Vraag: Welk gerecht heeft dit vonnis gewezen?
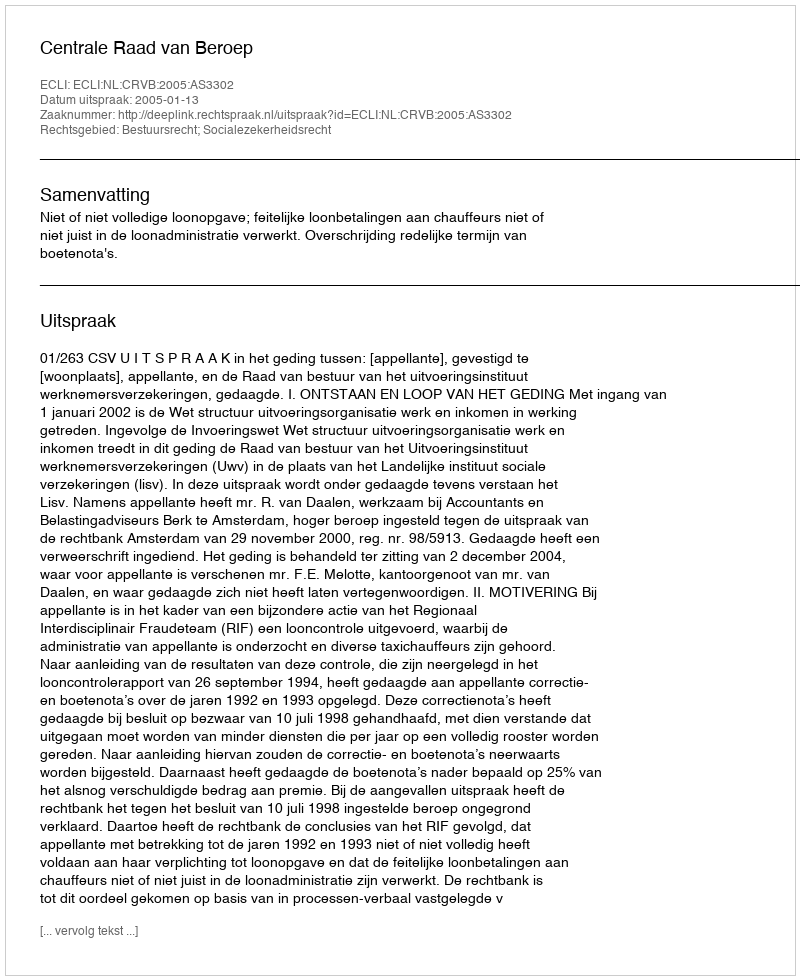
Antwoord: Centrale Raad van Beroep